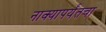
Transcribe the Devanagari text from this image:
नाक्‍यापर्यंतचा